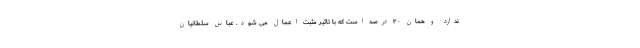
ندارد و همان ۳۰ درصد است که با تاثیر مثبت اعمال می شود. عباس سلطانیان